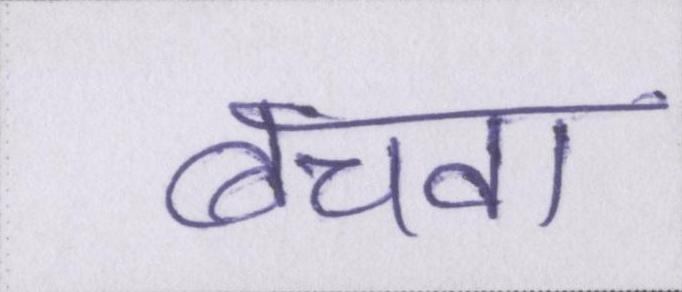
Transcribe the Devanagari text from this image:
बचवा